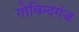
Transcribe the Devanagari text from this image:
गोविन्‍दगंज